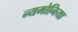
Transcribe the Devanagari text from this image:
न्यमोनिया